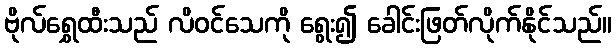
ဗိုလ်ရွှေထီးသည် လိဝင်သေကို ရွေး၍ ခေါင်းဖြတ်လိုက်နိုင်သည်။